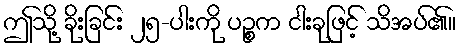
ဤသို့ ခိုးခြင်း ၂၅-ပါးကို ပဉ္စက ငါးခုဖြင့် သိအပ်၏။